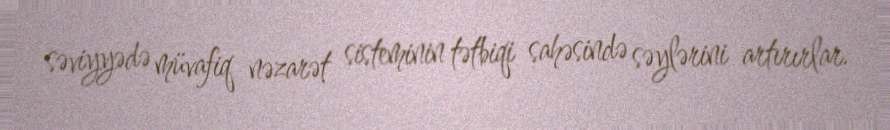
səviyyədə müvafiq nəzarət sisteminin tətbiqi sahəsində səylərini artırırlar.